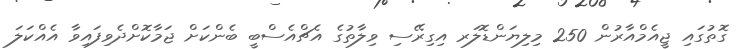
ގޮތުގައި ޖީއެމްއާރުން 250 މިލިޔަންޑޮލަރ އިގިރޭސި ވިލާތުގެ އެޗްއެސްބީ ބެންކަށް ޖަމާކޮށްދެވިފައިވާ އެއްކަލަ